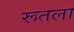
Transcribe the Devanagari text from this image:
रूतला